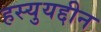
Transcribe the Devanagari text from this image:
हस्युयद्दीन